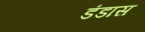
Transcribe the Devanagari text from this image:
डंडास